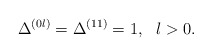
\begin{align*}\Delta^{(0l)}=\Delta^{(11)}=1, ~~l>0. \end{align*}